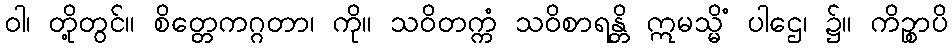
ဝါ၊ တို့တွင်။ စိတ္တေကဂ္ဂတာ၊ ကို။ သဝိတက္ကံ သဝိစာရန္တိ ဣမသ္မိံ ပါဌေ၊ ၌။ ကိဉ္စာပိ